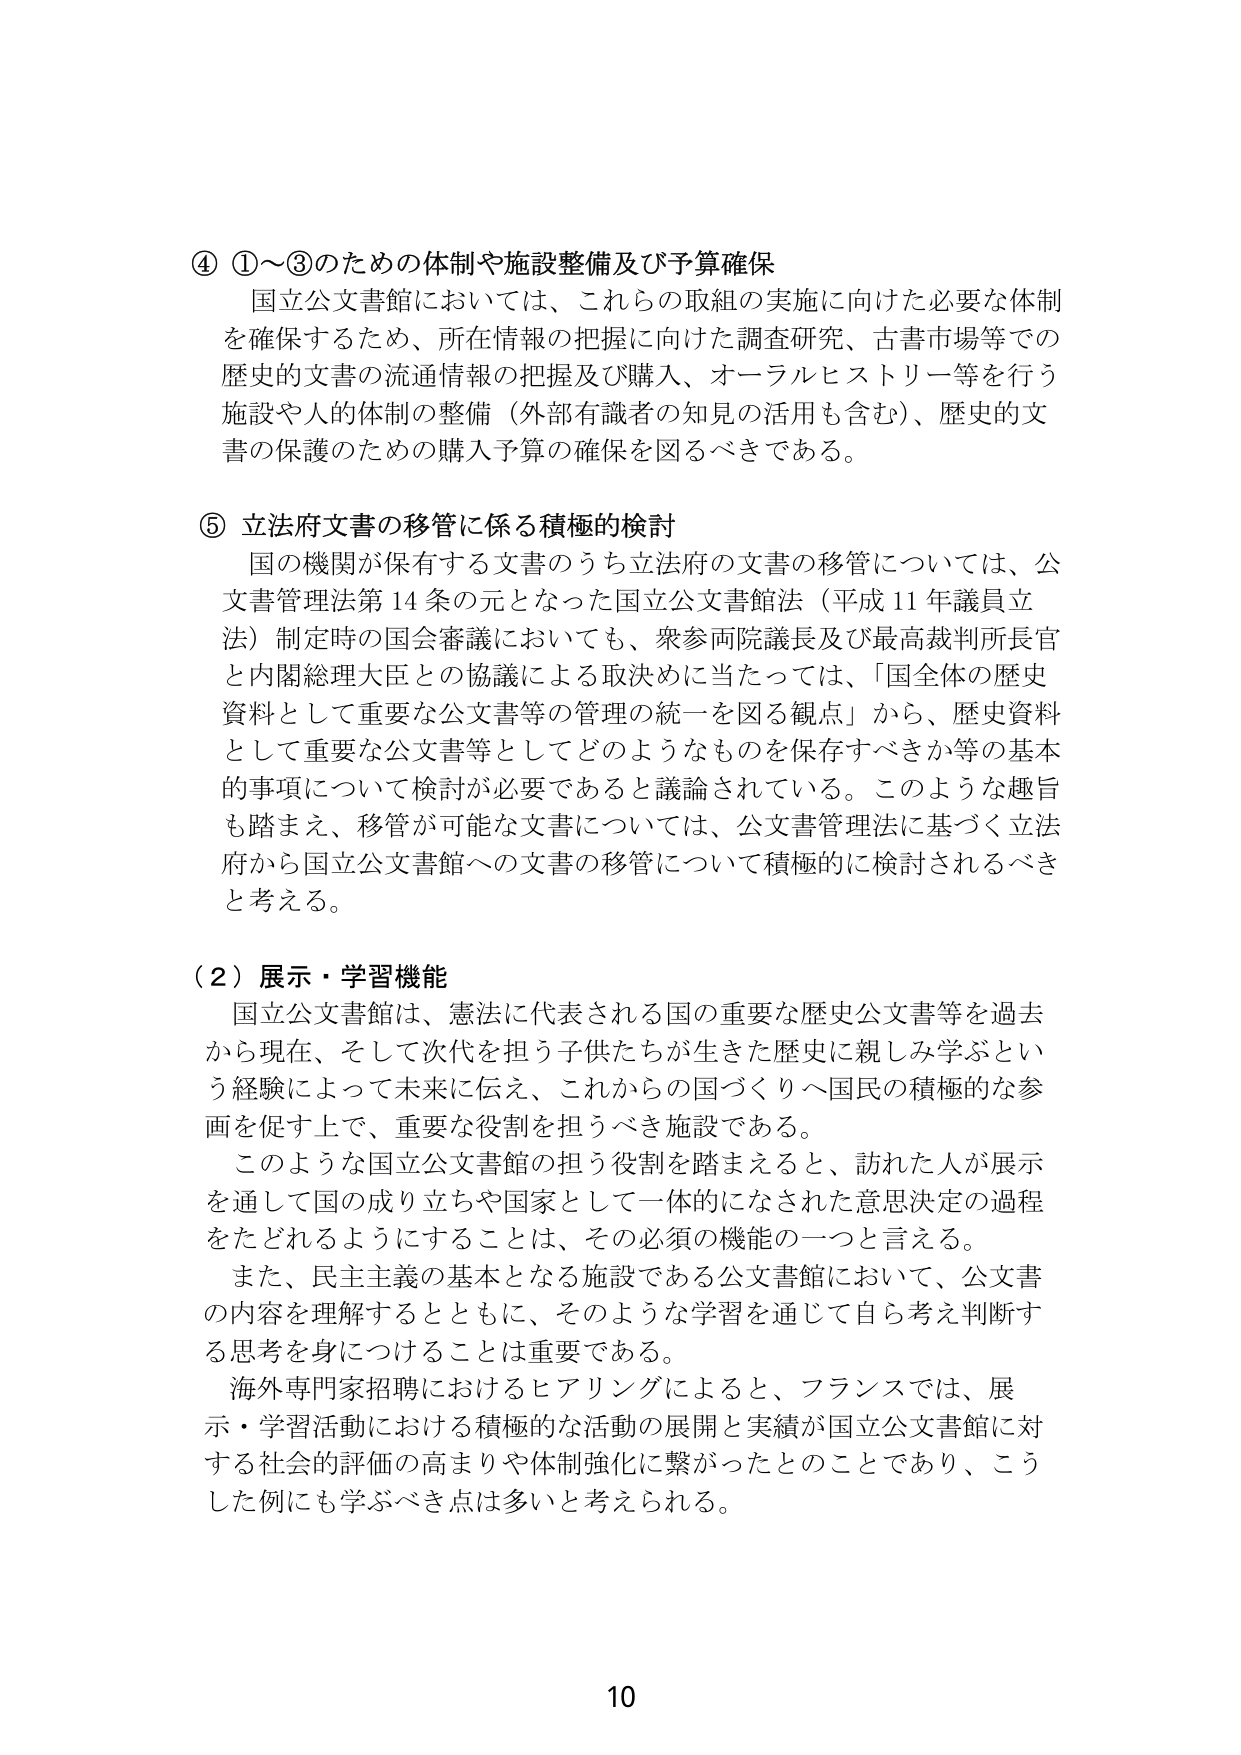
④ ①～③のための体制や施設整備及び予算確保
国立公文書館においては、これらの取組の実施に向けた必要な体制を確保するため、所在情報の把握に向けた調査研究、古書市場等での歴史的文書の流通情報の把握及び購入、オーラルヒストリー等を行う施設や人的体制の整備（外部有識者の知見の活用も含む）、歴史的文書の保護のための購入予算の確保を図るべきである。

⑤ 立法府文書の移管に係る積極的検討
国の機関が保有する文書のうち立法府の文書の移管については、公文書管理法第14条の元となった国立公文書館法（平成11年議員立法）制定時の国会審議においても、衆参両院議長及び最高裁判所長官と内閣総理大臣との協議による取決めに当たっては、「国全体の歴史資料として重要な公文書等の管理の統一を図る観点」から、歴史資料として重要な公文書等としてどのようなものを保存すべきか等の基本的事項について検討が必要であると議論されている。このような趣旨も踏まえ、移管が可能な文書については、公文書管理法に基づく立法府から国立公文書館への文書の移管について積極的に検討されるべきと考える。

（2）展示・学習機能
国立公文書館は、憲法に代表される国の重要な歴史公文書等を過去から現在、そして次代を担う子供たちが生きた歴史に親しみ学ぶという経験によって未来に伝え、これからの国づくりへ国民の積極的な参画を促す上で、重要な役割を担うべき施設である。
このような国立公文書館の担う役割を踏まえると、訪れた人が展示を通して国の成り立ちや国家として一体的になされた意思決定の過程をたどれるようにすることは、その必須の機能の一つと言える。
また、民主主義の基本となる施設である公文書館において、公文書の内容を理解するとともに、そのような学習を通じて自ら考え判断する思考を身につけることは重要である。
海外専門家招聘におけるヒアリングによると、フランスでは、展示・学習活動における積極的な活動の展開と実績が国立公文書館に対する社会的評価の高まりや体制強化に繋がったとのことであり、こうした例にも学ぶべき点は多いと考えられる。

10